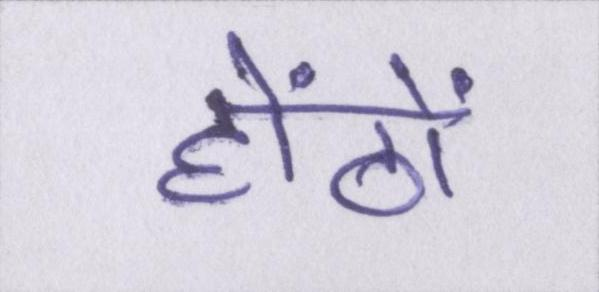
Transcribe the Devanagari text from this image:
होंठों